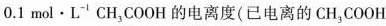
0.1mol\cdot L^{-1}CH_{3}COOH的电离度(已电离的CH_{3}COOH